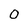
Character: 0